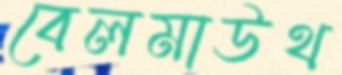
বেলমাউথ